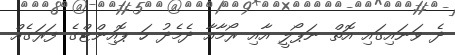
ދެ ވަނައިގައި އޮތް ނަޕޯލީ އާއި ރޯމާއާ ދެމެދު ހަ ޕޮއިންޓްގެ ފަރަގެއް